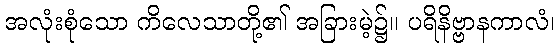
အလုံးစုံသော ကိလေသာတို့၏ အခြားမဲ့၌။ ပရိနိဗ္ဗာနကာလံ၊